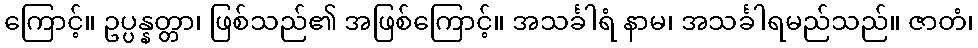
ကြောင့်။ ဥပ္ပန္နတ္တာ၊ ဖြစ်သည်၏ အဖြစ်ကြောင့်။ အသင်္ခါရံ နာမ၊ အသင်္ခါရမည်သည်။ ဇာတံ၊